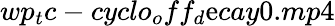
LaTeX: wp_{t}c-cyclo_{o}ff_{d}\mathrm{e}cay0.mp4